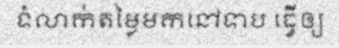
ទំលាក់តម្លៃមកនៅទាប ធ្វើឲ្យ